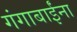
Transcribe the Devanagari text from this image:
गंगाबाईंना